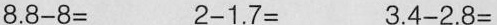
$$8.8-8=$$ $$2-1.7=$$ $$3.4-2.8=$$